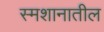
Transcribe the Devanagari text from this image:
स्मशानातील